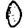
Digit: 0